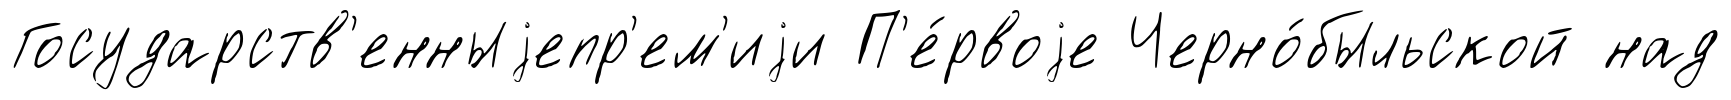
Государств'енныjепр'ем'иjи П'е́рвоjе Черно́быльской над